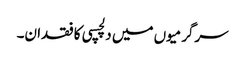
سرگرمیوں میں دلچسپی کا فقدان۔